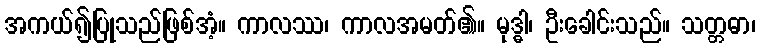
အကယ်၍ပြုသည်ဖြစ်အံ့။ ကာလဿ၊ ကာလအမတ်၏။ မုဒ္ဓါ၊ ဦးခေါင်းသည်။ သတ္တဓာ၊